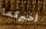
أخبركما